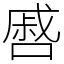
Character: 㗤